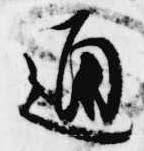
通